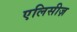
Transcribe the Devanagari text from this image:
एलिसीज़